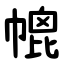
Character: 㡙